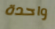
واحدة